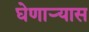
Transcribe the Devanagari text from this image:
घेणाऱ्यास